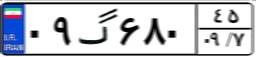
۰۹گ۶۸۰۴۵